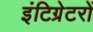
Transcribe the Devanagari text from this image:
इंटिग्रेटरों